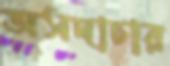
অসদাচার